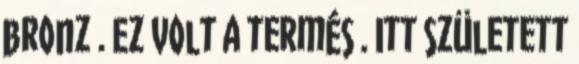
bronz . Ez volt a termés . Itt született